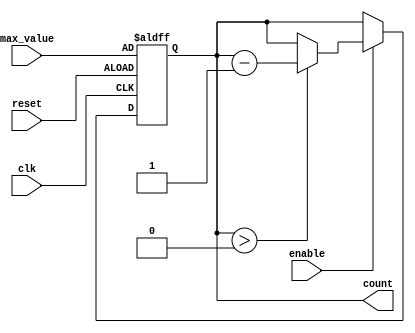
module down_counter (
    input wire clk,         // Clock signal
    input wire enable,      // Enable signal
    input wire reset,       // Asynchronous reset signal
    input wire [3:0] max_value, // Maximum value to start counting down from
    output reg [3:0] count  // Current counter value
);

    // Asynchronous reset and counting behavior
    always @(posedge clk or posedge reset) begin
        if (reset) begin
            count <= max_value; // Reset to maximum value
        end else if (enable) begin
            if (count > 0) begin
                count <= count - 1; // Decrement the counter
            end
        end
    end

endmodule